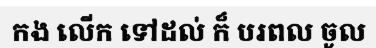
កង លើក ទៅដល់ ក៏ បរពល ចូល